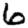
Digit: 6